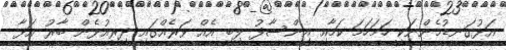
އަޅުގަނޑުމެންނަކީ ހަމަހަމަ ކަމާއި އިންސާފު ލިބި އެއް ވަރެއްގައި ދިރިއުޅެން ބާރު އަޅާ